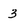
Character: 3